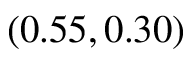
( 0 . 5 5 , 0 . 3 0 )